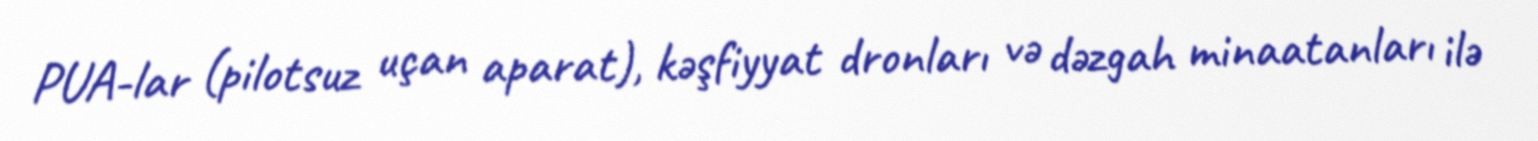
PUA-lar (pilotsuz uçan aparat), kəşfiyyat dronları və dəzgah minaatanları ilə